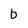
Character: b